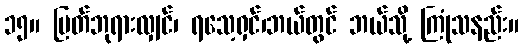
၁၅။ မြတ်ဘုရားလျှင်၊ ရသေ့ရှင်၊ဘယ်တွင် ဘယ်သို့ ကြုံသနည်း။